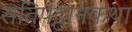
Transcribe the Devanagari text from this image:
सतिपट्ठानकथा